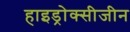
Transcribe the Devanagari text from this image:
हाइड्रोक्सीजीन